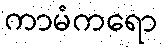
ကာမံကရော